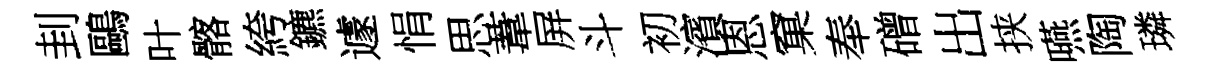
刲鷗叶髂絝鑣遽悁思葦屏斗初濱恩窠奉磳出挟嚥陶璘